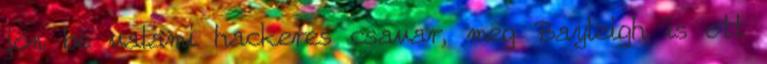
jön be valami hackeres csavar, meg Bayleigh is ott